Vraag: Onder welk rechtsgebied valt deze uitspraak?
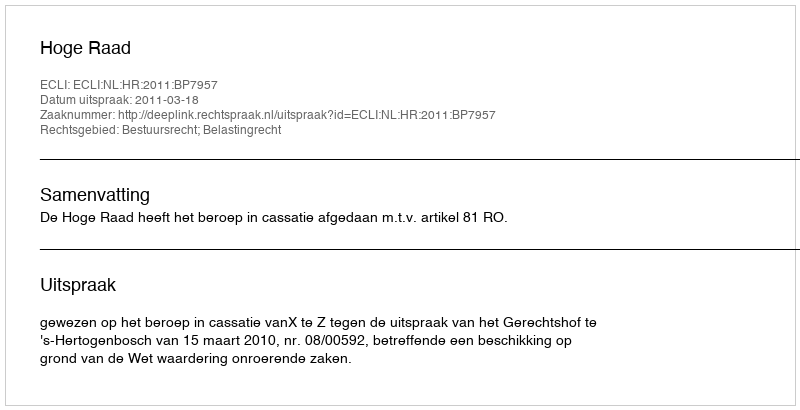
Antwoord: Bestuursrecht; Belastingrecht